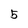
Character: 5